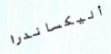
أليكساندرا